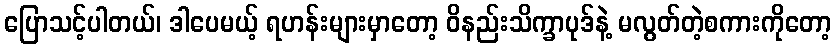
ပြောသင့်ပါတယ်၊ ဒါပေမယ့် ရဟန်းများမှာတော့ ဝိနည်းသိက္ခာပုဒ်နဲ့ မလွတ်တဲ့စကားကိုတော့